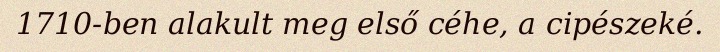
1710-ben alakult meg első céhe, a cipészeké.